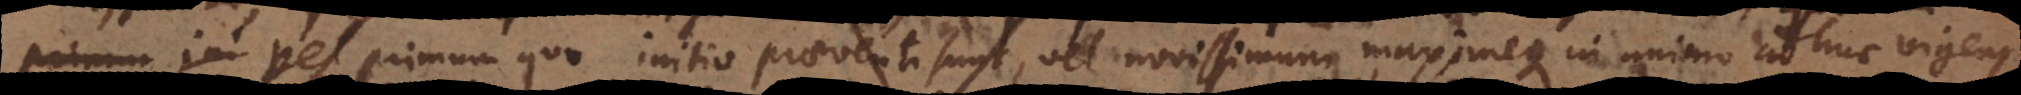
primum quo initio praeventi sunt, vel novissimum maximeque in animo adhuc vigens